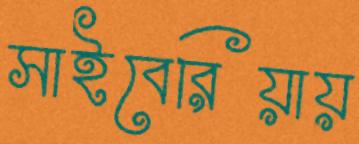
সাইবেরিয়ায়